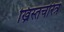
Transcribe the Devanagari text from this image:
ख्रिस्तचरित्र